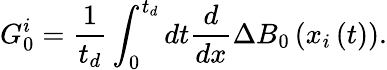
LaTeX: G_{0}^{i}=\frac{1}{t_{d}}\int_{0}^{t_{d}}dt\frac{d}{dx}\Delta B_{0}\left(x_{i}\left(t\right)\right).